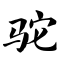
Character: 驼